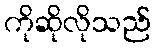
ကိုဆိုလိုသည်